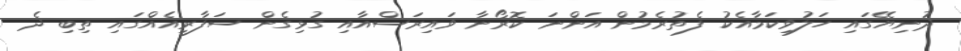
ދުނިޔޭގައި ހަލުވިކަމާއެކު ފެތުރެމުން އަންނަ ކޮރޯނާ ވައިރަސްއާއި ގުޅިގެން ސަފާރީއެއްގައި ތިބި ދެ